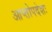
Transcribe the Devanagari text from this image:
आप्तोपदेशः